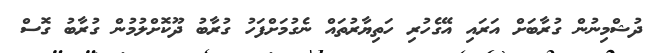
ދުޝްމިނުން ގުރާބަށް އަރައި އޭގެހުރި ހަތިޔާރުތައް ނެގުމަށްފަހު ގުރާބު ދޫކޮށްލުމުން ގުރާބު ގޮސް